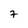
Character: 7